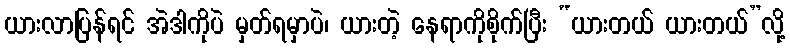
ယားလာပြန်ရင် အဲဒါကိုပဲ မှတ်ရမှာပဲ၊ ယားတဲ့ နေရာကိုစိုက်ပြီး “ယားတယ် ယားတယ်”လို့